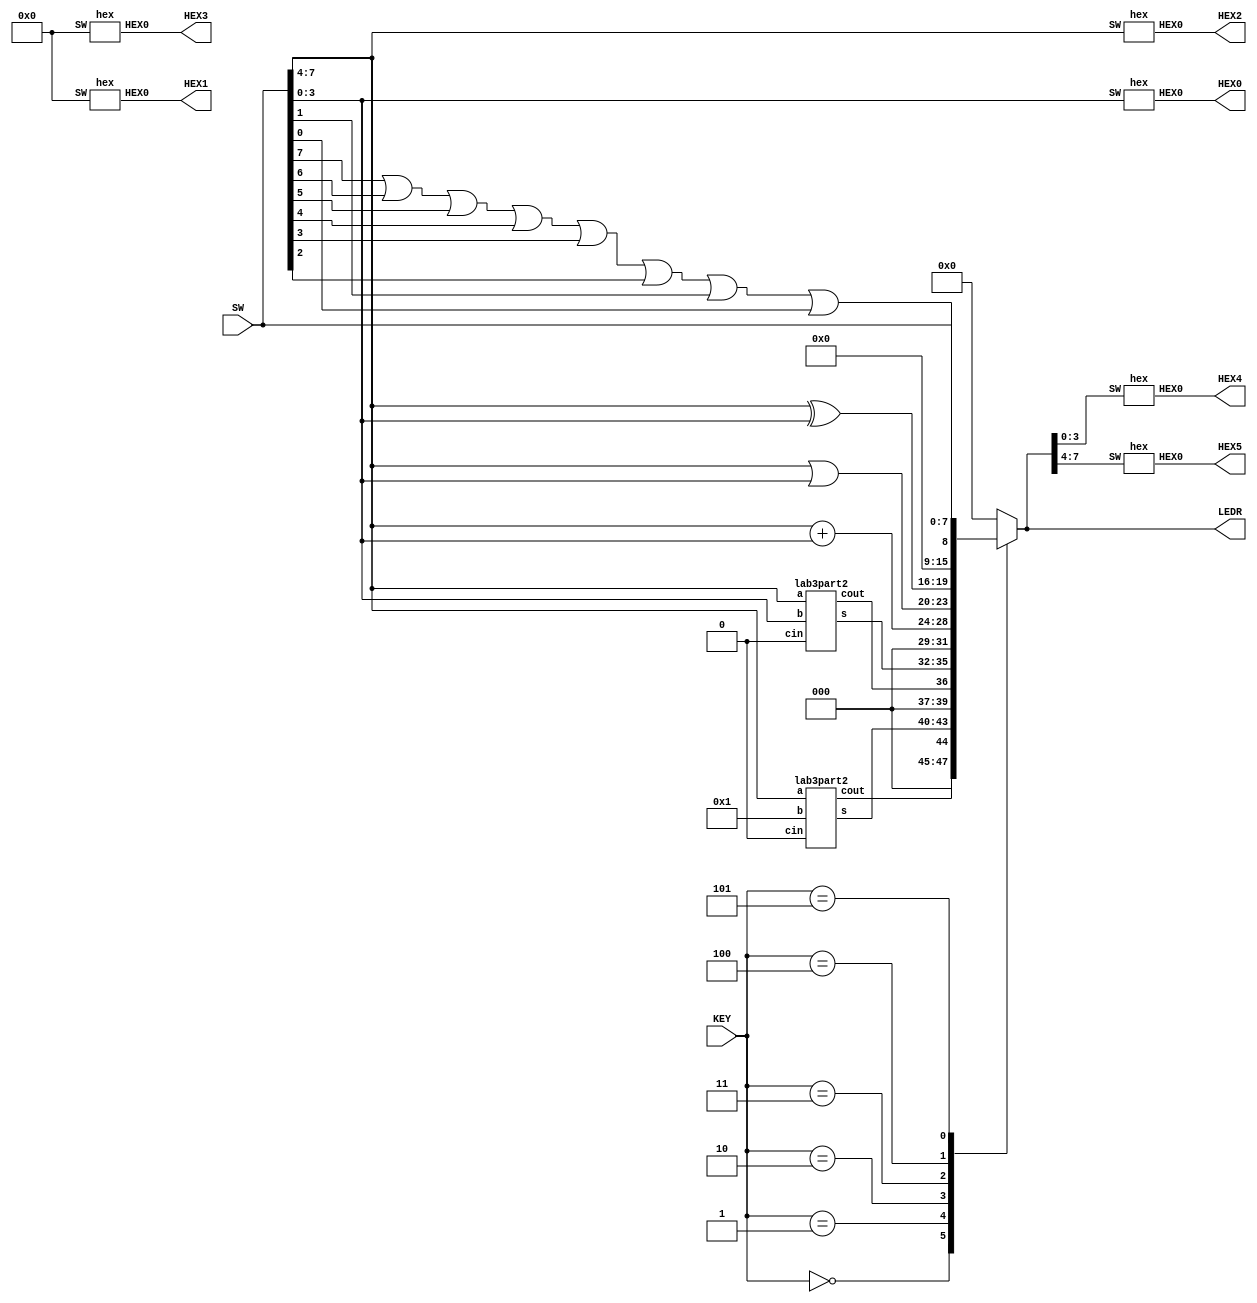
module lab3part3(LEDR, SW, KEY, HEX0, HEX1, HEX2, HEX3, HEX4, HEX5);
	input [7:0] SW;
	input [2:0] KEY;
	output [7:0] LEDR;
	output [6:0] HEX0, HEX1, HEX2, HEX3, HEX4, HEX5;
	wire [3:0] alu1;
	wire [3:0] alu2;
	wire cout1;
	wire cout2;
	reg [7:0] Out;

	lab3part2 function1(SW[7:4], 4'b0001, 1'b0, alu1[3:0], cout1);
	lab3part2 function2(SW[7:4], SW[3:0], 1'b0, alu2[3:0], cout2);

	always @(*)
    begin
        case (KEY[2:0]) 
            3'b000: Out = {3'b000, cout1, alu1[3:0]};
            3'b001: Out = {3'b000, cout2, alu2[3:0]};
            3'b010: Out = SW[7:4] + SW[3:0];
            3'b011: Out = {SW[7:4] | SW[3:0], SW[7:4] ^ SW[3:0]};
            3'b100: Out = {7'b0000000, SW[7] | SW[6] | SW[5] | SW[4] | SW[3] | SW[2] | SW[1] | SW[0]};
            3'b101: Out = {SW[7:4], SW[3:0]};
            default : Out = 8'b00000000;
        endcase
    end

    assign LEDR = Out;

    hex hex0(HEX0[6:0], SW[3:0]);
    hex hex2(HEX2[6:0], SW[7:4]);
    hex hex1(HEX1[6:0], 4'b0000);
    hex hex3(HEX3[6:0], 4'b0000);
    hex hex4(HEX4[6:0], Out[3:0]);
    hex hex5(HEX5[6:0], Out[7:4]);
endmodule

module lab3part2(a, b, cin, s, cout);
	input [3:0] a;
	input [3:0] b;
	input cin;
	output [3:0] s;
	output cout;

	wire connect1, connect2, connect3;

	fulladder fa1(a[0], b[0], cin, s[0], connect1);
	fulladder fa2(a[1], b[1], connect1, s[1], connect2);
	fulladder fa3(a[2], b[2], connect2, s[2], connect3);
	fulladder fa4(a[3], b[3], connect3, s[3], cout);
endmodule

module fulladder(x, y, z, u, v);
	input x, y, z;
	output u, v;

	assign u = (x ^ y ^ z) | (x & y & z);
	assign v = (x & y) | (z & (x ^ y));
endmodule
	
module hex(HEX0, SW);
    input [3:0] SW;
    output [6:0] HEX0;

    assign HEX0[0] = (~SW[3] & ~SW[2] & ~SW[1] & SW[0]) | (~SW[3] & SW[2] & ~SW[1] & SW[0]) | (SW[3] & SW[2] & ~SW[1] & SW[0]) | (SW[3] & ~SW[2] & SW[1] & SW[0]);

    assign HEX0[1] = (~SW[3] & SW[2] & ~SW[1] & SW[0]) | (SW[2] & SW[1] & ~SW[0]) | (SW[3] & SW[2] & ~SW[0]) | (SW[3] & SW[1] & SW[0]);

    assign HEX0[2] = (~SW[3] & ~SW[2] & SW[1] & ~SW[0]) | (SW[3] & SW[2] & SW[1]) | (SW[3] & SW[2] & ~SW[0]) ;

    assign HEX0[3] = (~SW[3] & ~SW[2] & ~SW[1] & SW[0]) | (~SW[3] & SW[2] & ~SW[1] & ~SW[0]) | (SW[2] & SW[1] & SW[0]) | (SW[3] & ~SW[2] & SW[1] & ~SW[0]);

    assign HEX0[4] = (~SW[3] & SW[0]) | (~SW[2] & ~SW[1] & SW[0]) | (~SW[3] & SW[2] & ~SW[1]);

    assign HEX0[5] = (~SW[3] & ~SW[2] & SW[0]) | (~SW[3] & ~SW[2] & SW[1]) | (~SW[3] & SW[1] & SW[0]) | (SW[3] & SW[2] & ~SW[1] & SW[0]);

    assign HEX0[6] = (~SW[3] & ~SW[2] & ~SW[1]) | (SW[3] & SW[2] & ~SW[1] & ~SW[0]) | (~SW[3] & SW[2] & SW[1] & SW[0]);

endmodule